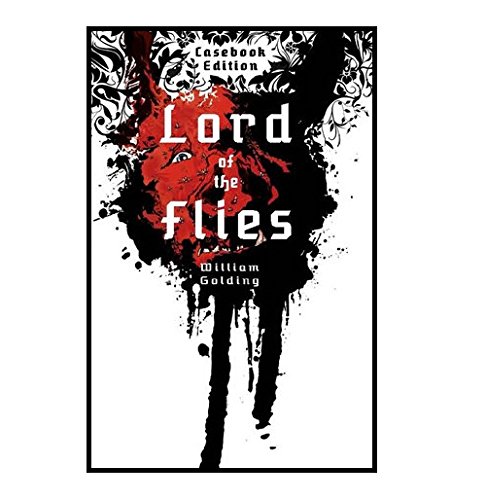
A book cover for Lord of the Flies: Text, Notes & Criticism; William Golding; Literature & Fiction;